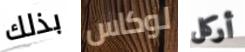
بذلك لوكاس أركل